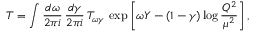
T = \int \frac { d \omega } { 2 \pi i } \, \frac { d \gamma } { 2 \pi i } \, T _ { \omega \gamma } \, \exp \left[ \omega Y - ( 1 - \gamma ) \log \frac { Q ^ { 2 } } { \mu ^ { 2 } } \right] ,